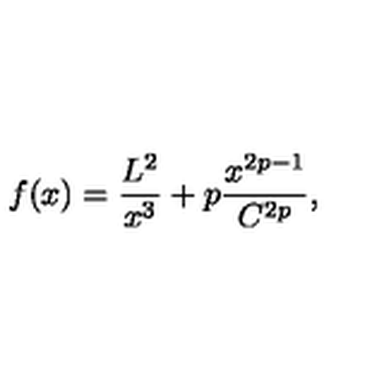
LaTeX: f ( x ) = \frac { L ^ { 2 } } { x ^ { 3 } } + p \frac { x ^ { 2 p - 1 } } { C ^ { 2 p } } ,